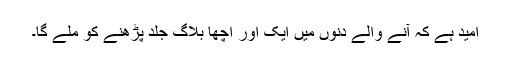
امید ہے کہ آنے والے دنوں میں ایک اور اچھا بلاگ جلد پڑھنے کو ملے گا۔